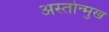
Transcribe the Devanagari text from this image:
अस्तोन्मुख